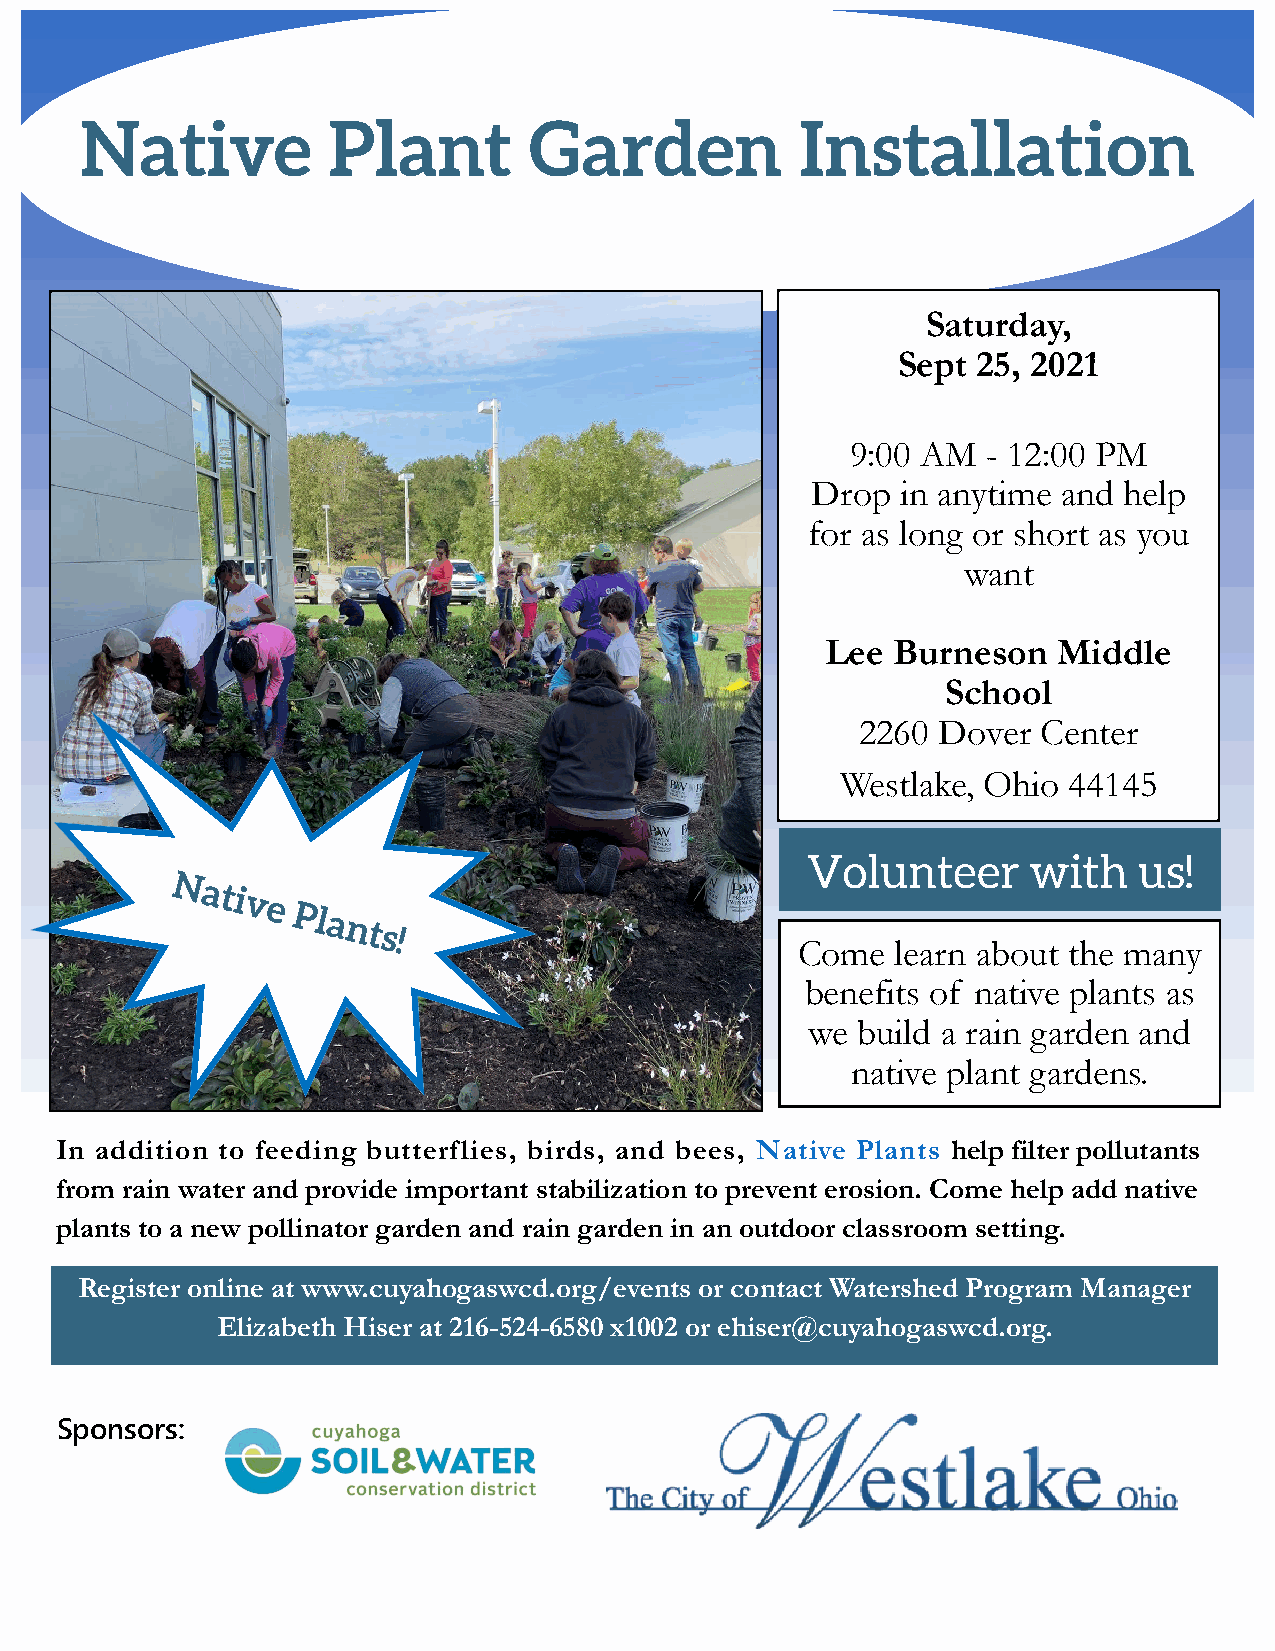
Saturday,
 Sept  25, 2021
 9:00 AM  - 12:00 PM
 Drop  in anytime and help
 for as long or short as you
 want
 Lee Burneson   Middle
 School
 2260 Dover  Center
 Westlake, Ohio 44145
 Come  learn about the many
 benefits of native plants as
 we build a rain garden and
 native plant gardens.
 In addition to feeding butterflies, birds, and bees, Native Plants help filter pollutants
 from rain water and provide important stabilization to prevent erosion. Come help add native
 plants to a new pollinator garden and rain garden in an outdoor classroom setting.
 Register online at www.cuyahogaswcd.org/events or contact Watershed Program Manager
 Elizabeth Hiser at 216-524-6580 x1002 or ehiser@cuyahogaswcd.org.
 Sponsors: